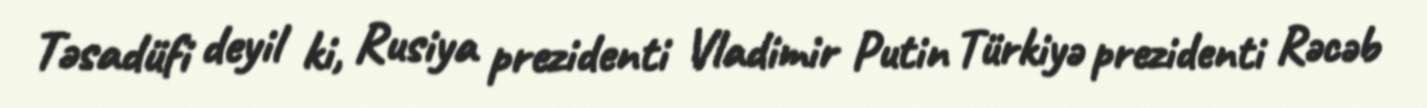
Təsadüfi deyil ki, Rusiya prezidenti Vladimir Putin Türkiyə prezidenti Rəcəb